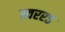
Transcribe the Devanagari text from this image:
स्वररऽ